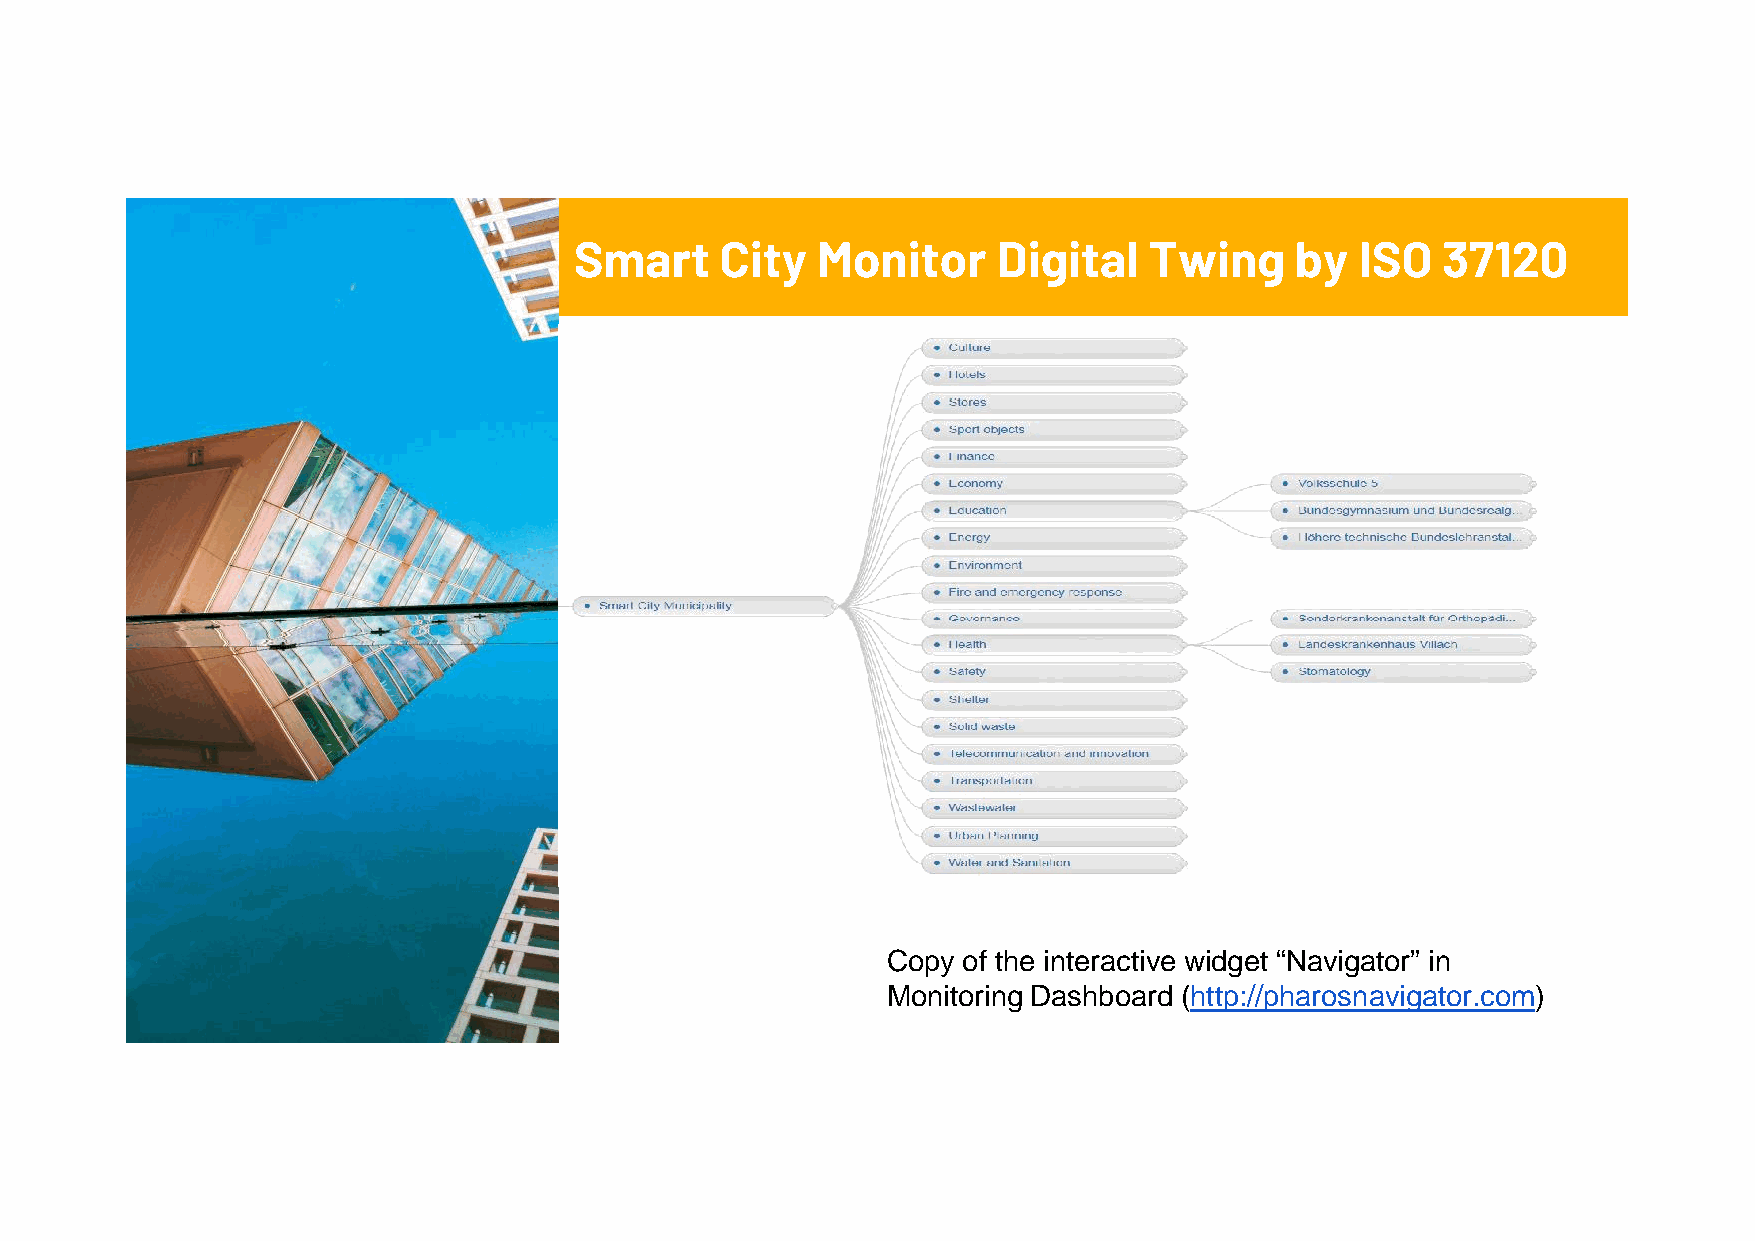
Smart     City  Monitor     Digital   Twing     by  ISO  37120
 Copy of the interactive widget “Navigator” in
 Monitoring Dashboard (http://pharosnavigator.com)